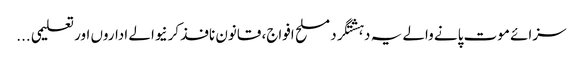
سزائے موت پانے والے یہ دہشتگرد مسلح افواج، قانون نافذ کرنیوالے اداروں اور تعلیمی ...